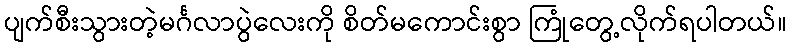
ပျက်စီးသွားတဲ့မင်္ဂလာပွဲလေးကို စိတ်မကောင်းစွာ ကြုံတွေ့လိုက်ရပါတယ်။